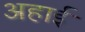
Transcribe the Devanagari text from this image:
अहाई